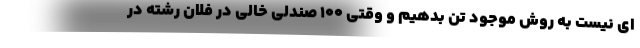
ای نیست به روش موجود تن بدهیم و وقتی ۱۰۰ صندلی خالی در فلان رشته در